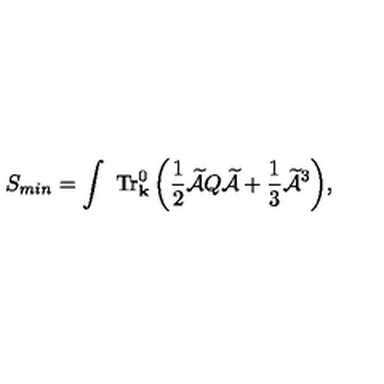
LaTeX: \displaystyle { S _ { m i n } = \int \ { \mathrm { T r } } _ { \mathrm { \bf { k } } } ^ { 0 } \left( \frac { 1 } { 2 } \widetilde { { \cal A } } Q \widetilde { { \cal A } } + \frac { 1 } { 3 } \widetilde { { \cal A } } ^ { 3 } \right) } ,